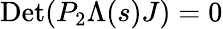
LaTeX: \textrm{Det}(P_{2}\Lambda(s)J)=0